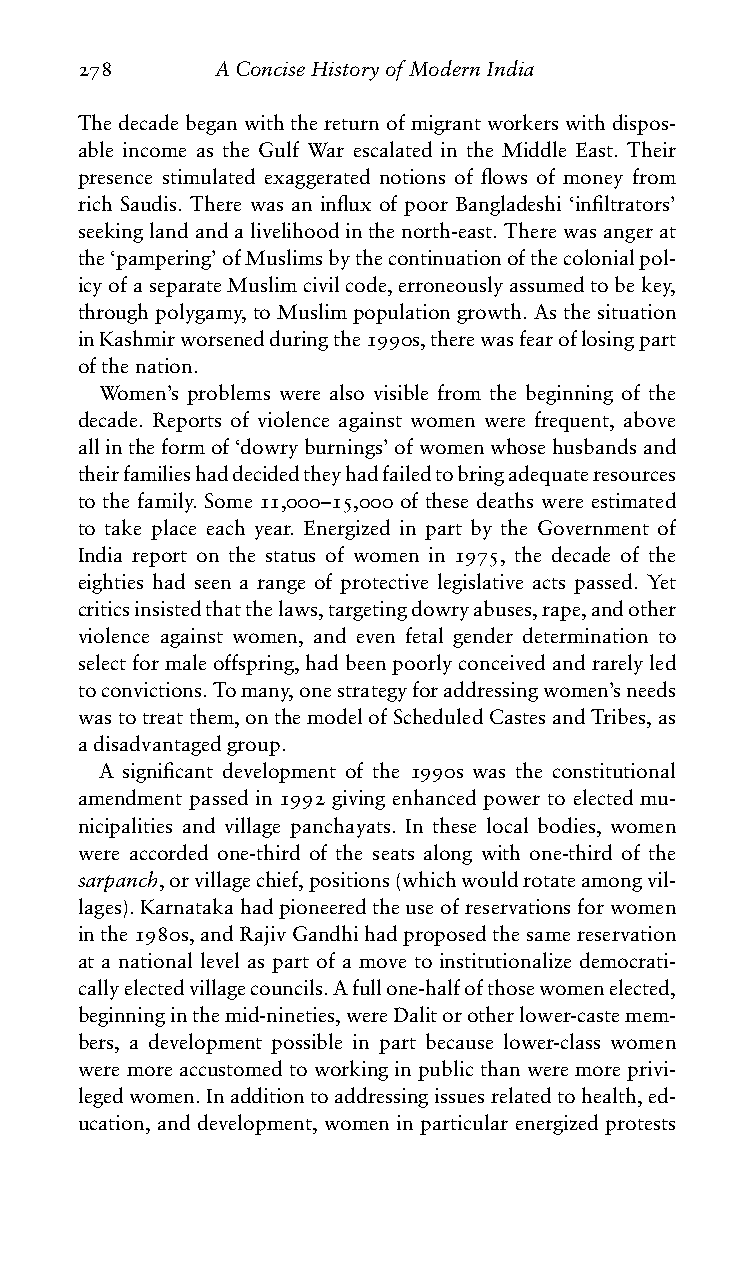
278      AConciseHistoryofModernIndia
 Thedecadebeganwiththereturnofmigrantworkerswithdispos-
 able income as the Gulf War escalated in the Middle East. Their
 presence stimulated exaggerated notions of flows of money from
 rich Saudis. There was an influx of poor Bangladeshi ‘infiltrators’
 seekinglandandalivelihoodinthenorth-east.Therewasangerat
 the‘pampering’ofMuslimsbythecontinuationofthecolonialpol-
 icyofaseparateMuslimcivilcode,erroneouslyassumedtobekey,
 throughpolygamy,toMuslimpopulationgrowth.Asthesituation
 inKashmirworsenedduringthe1990s,therewasfearoflosingpart
 ofthenation.
 Women’s problems were also visible from the beginning of the
 decade. Reports of violence against women were frequent, above
 allintheformof‘dowryburnings’ofwomenwhosehusbandsand
 theirfamilieshaddecidedtheyhadfailedtobringadequateresources
 to the family. Some 11,000–15,000 of these deaths were estimated
 to take place each year. Energized in part by the Government of
 India report on the status of women in 1975, the decade of the
 eighties had seen a range of protective legislative acts passed. Yet
 criticsinsistedthatthelaws,targetingdowryabuses,rape,andother
 violence against women, and even fetal gender determination to
 selectformaleoffspring,hadbeenpoorlyconceivedandrarelyled
 toconvictions.Tomany,onestrategyforaddressingwomen’sneeds
 wastotreatthem,onthemodelofScheduledCastesandTribes,as
 adisadvantagedgroup.
 A significant development of the 1990s was the constitutional
 amendment passed in 1992 giving enhanced power to elected mu-
 nicipalities and village panchayats. In these local bodies, women
 were accorded one-third of the seats along with one-third of the
 sarpanch,orvillagechief,positions(whichwouldrotateamongvil-
 lages).Karnatakahadpioneeredtheuseofreservationsforwomen
 inthe1980s,andRajivGandhihadproposedthesamereservation
 at a national level as part of a move to institutionalize democrati-
 callyelectedvillagecouncils.Afullone-halfofthosewomenelected,
 beginninginthemid-nineties,wereDalitorotherlower-castemem-
 bers, a development possible in part because lower-class women
 weremoreaccustomedtoworkinginpublicthanweremoreprivi-
 legedwomen.Inadditiontoaddressingissuesrelatedtohealth,ed-
 ucation, and development, women in particular energized protests